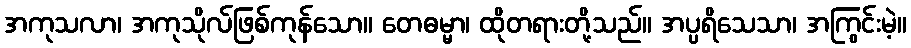
အကုသလာ၊ အကုသိုလ်ဖြစ်ကုန်သော။ တေဓမ္မာ၊ ထိုတရားတို့သည်။ အပ္ပရိသေသာ၊ အကြွင်းမဲ့။